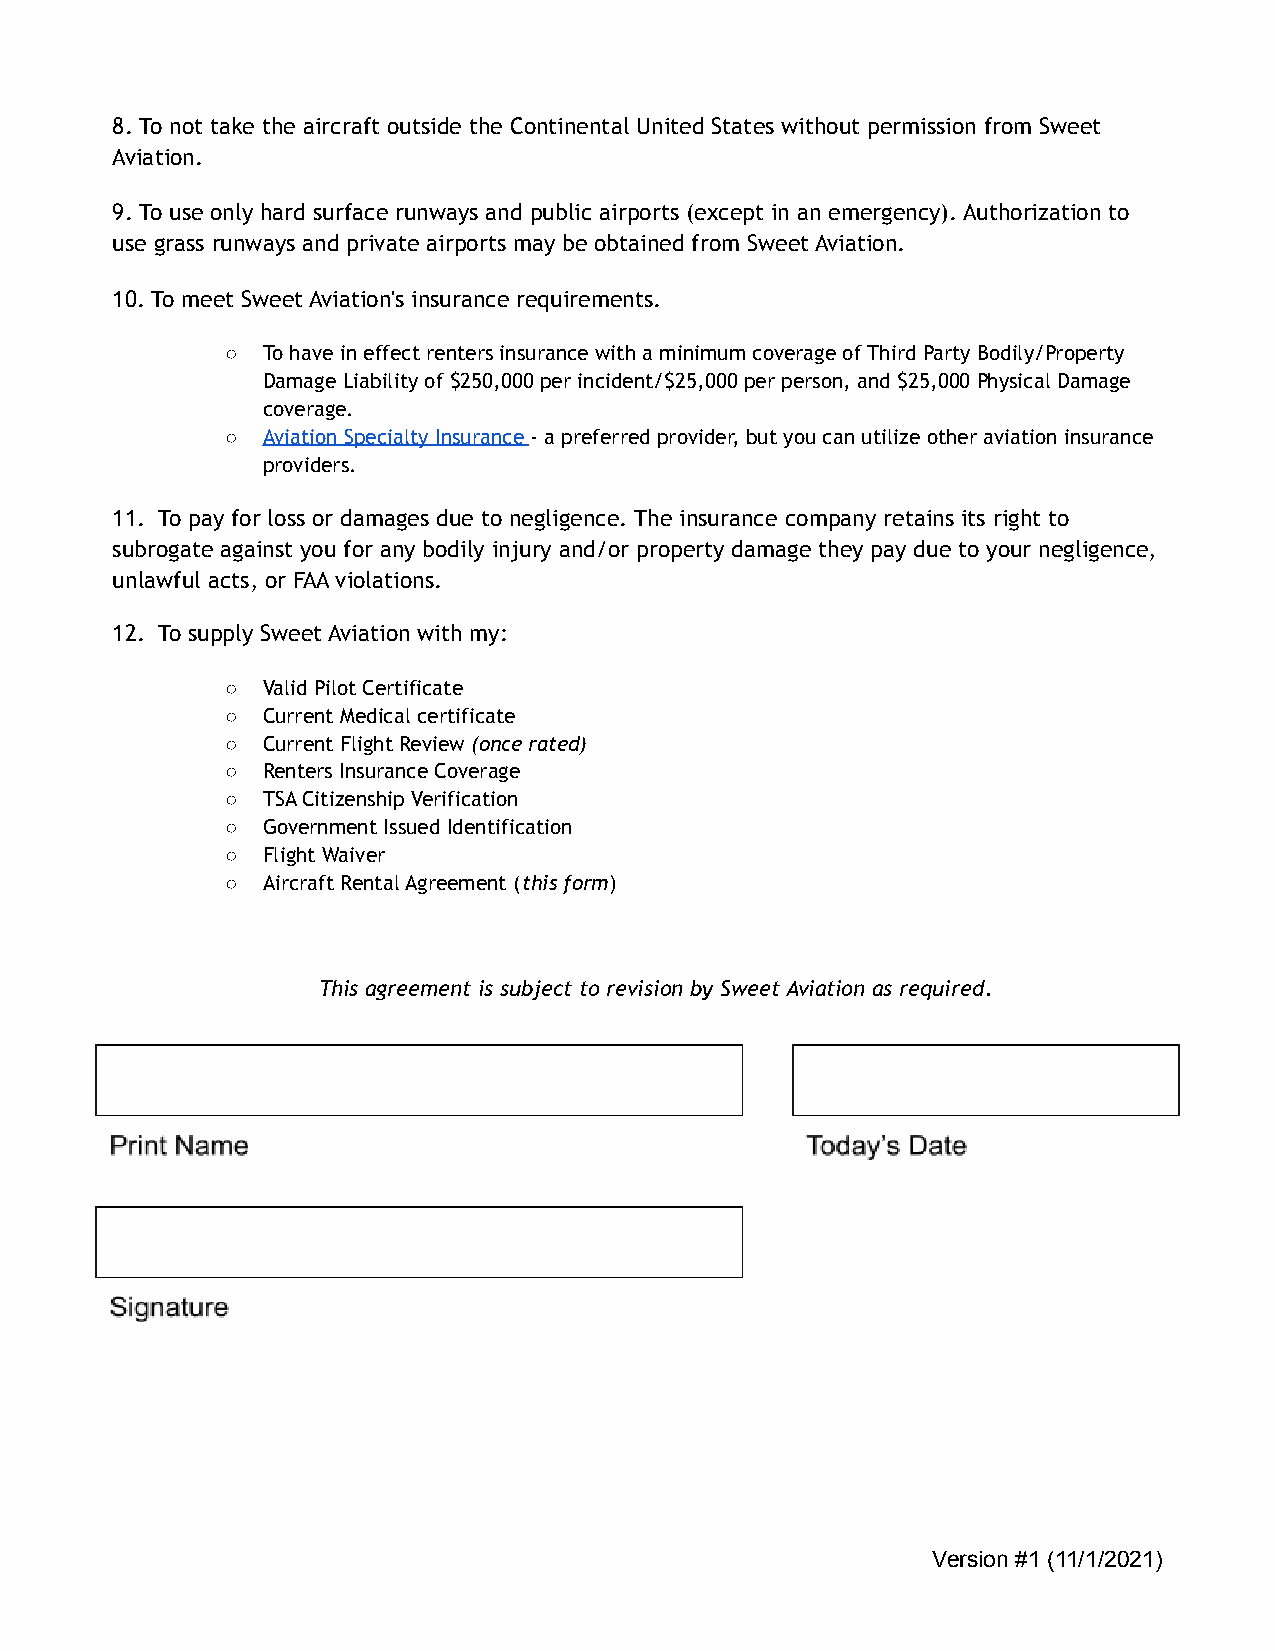
8. To not take the aircraft outside the Continental United States without permission from Sweet
 Aviation.
 9. To use only hard surface runways and public airports (except in an emergency). Authorization to
 use grass runways and private airports may be obtained from Sweet Aviation.
 10. To meet Sweet Aviation's insurance requirements.
 ○ To have in effect renters insurance with a minimum coverage of Third Party Bodily/Property
 Damage Liability of $250,000 per incident/$25,000 per person, and $25,000 Physical Damage
 coverage.
 ○ Aviation Specialty Insurance - a preferred provider, but you can utilize other aviation insurance
 providers.
 11. To pay for loss or damages due to negligence. The insurance company retains its right to
 subrogate against you for any bodily injury and/or property damage they pay due to your negligence,
 unlawful acts, or FAA violations.
 12. To supply Sweet Aviation with my:
 ○ Valid Pilot Certificate
 ○ Current Medical certificate
 ○ Current Flight Review (once rated)
 ○ Renters Insurance Coverage
 ○ TSA Citizenship Verification
 ○ Government Issued Identification
 ○ Flight Waiver
 ○ Aircraft Rental Agreement (this form)
 This agreement is subject to revision by Sweet Aviation as required.
 Version #1 (11/1/2021)